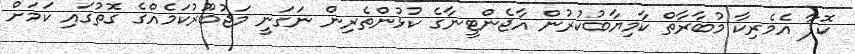
ކޮޕާ އެމެރިކާ މުބާރާތް ކާމިޔާބުކުރުން އާޖެންޓީނާގެ ކުޅުންތެރިން ނަގަނީ މަޖުބޫރުކަމެއްގެ ގޮތުގައި ކަމަށް